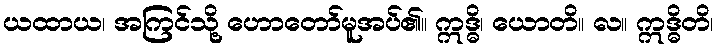
ယထာယ၊ အကြင်သို့ ဟောတော်မူအပ်၏။ ဣဒ္ဓိ၊ ယောတိ။ လ။ ဣဒ္ဓိတိ၊